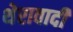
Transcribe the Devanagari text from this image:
थेरावादी